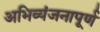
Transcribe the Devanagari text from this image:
अभिव्यंजनापूर्ण